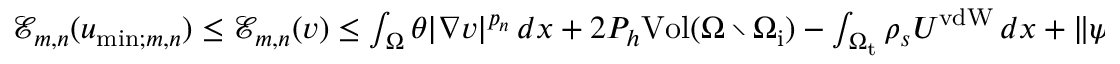
\begin{array} { r } { \mathcal { E } _ { m , n } ( u _ { \mathrm { m i n } ; m , n } ) \leq \mathcal { E } _ { m , n } ( v ) \leq \int _ { \Omega } \theta | \nabla v | ^ { p _ { n } } \, d x + 2 P _ { h } \mathrm { V o l } ( \Omega \setminus \Omega _ { \mathrm { i } } ) - \int _ { \Omega _ { \mathrm { t } } } \rho _ { s } U ^ { \mathrm { v d W } } \, d x + \| \psi _ { v } \| _ { \infty } \| \rho \| _ { \infty } \mathrm { V o l } ( \Omega _ { \mathrm { i } } ) \leq C _ { 1 } , } \end{array}